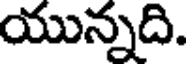
యున్నది.